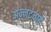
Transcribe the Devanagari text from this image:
अन्नटंचाई